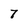
Character: 7